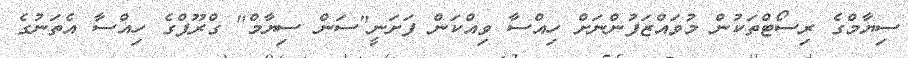
ސިޔާމްގެ ރިސޯޓްތަކުން މުވައްޒަފުންނަށް ހިއްސާ ވިއްކަން ފަށަނީ"ސަން ސިޔާމް" ގްރޫޕްގެ ހިއްސާ އެތަނުގެ